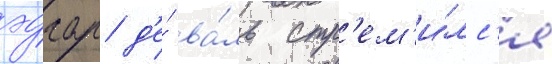
эдгар д'е́ ва́ль стр'ем'и́лс'я